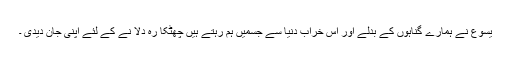
یسوع نے ہمارے گناہوں کے بدلے اور اس خراب دنیا سے جسمیں ہم رہتے ہیں چھٹکا رہ دلا نے کے لئے اپنی جان دیدی ۔